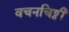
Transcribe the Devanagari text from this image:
वचनचिठ्ठी